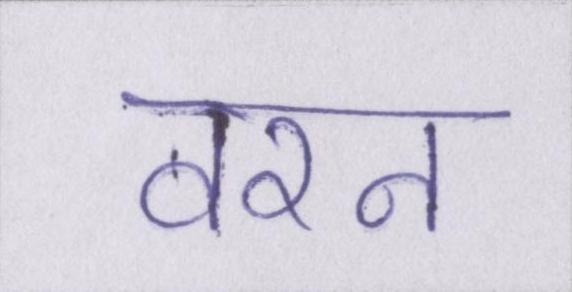
वरन